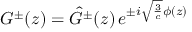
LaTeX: G ^ { \pm } ( z ) = \hat { G } ^ { \pm } ( z ) \, e ^ { \pm i { \sqrt { { \frac { 3 } { c } } } } \phi ( z ) }